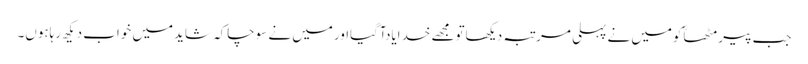
جب پیرمٹھاؒکومیں نے پہلی مرتبہ دیکھاتومجھے خدایادآگیااورمیں نے سوچاکہ شایدمیں خواب دیکھ رہاہوں۔